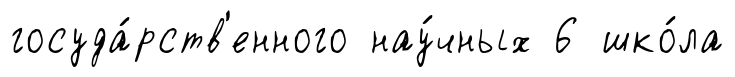
госуда́рств'енного нау́чных 6 шко́ла